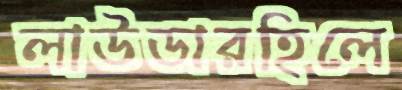
লাউডারহিলে